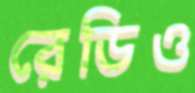
রেডিও